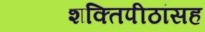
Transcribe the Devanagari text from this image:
शक्तिपीठांसह